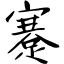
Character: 蹇